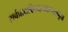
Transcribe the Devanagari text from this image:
सर्वप्रायश्चित्तप्रत्याम्नायभूतां